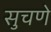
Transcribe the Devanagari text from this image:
सुचणे